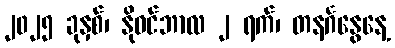
၂၀၂၅ ခုနှစ်၊ နိုဝင်ဘာလ ၂ ရက်၊ တနင်္ဂနွေနေ့